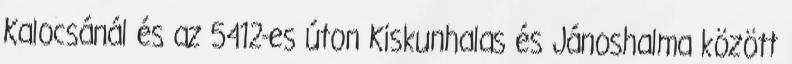
Kalocsánál és az 5412-es úton Kiskunhalas és Jánoshalma között